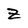
Character: Z